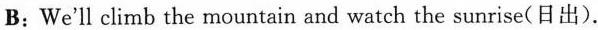
B:We'll climb the mountain and watch the sunrise(日出）.